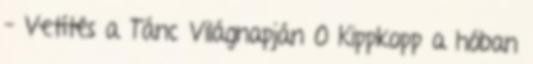
– Vetítés a Tánc Világnapján 0 Kippkopp a hóban